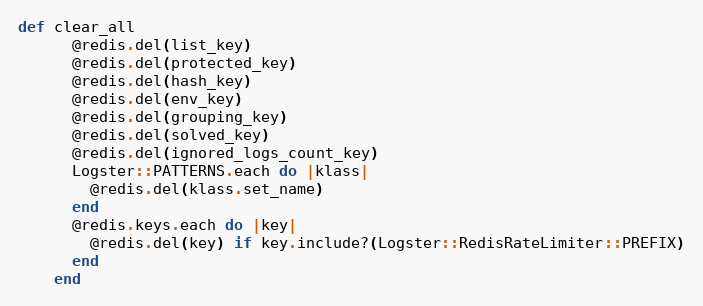
Language: Ruby
def clear_all
      @redis.del(list_key)
      @redis.del(protected_key)
      @redis.del(hash_key)
      @redis.del(env_key)
      @redis.del(grouping_key)
      @redis.del(solved_key)
      @redis.del(ignored_logs_count_key)
      Logster::PATTERNS.each do |klass|
        @redis.del(klass.set_name)
      end
      @redis.keys.each do |key|
        @redis.del(key) if key.include?(Logster::RedisRateLimiter::PREFIX)
      end
    end